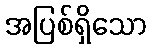
အပြစ်ရှိသော